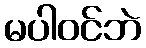
မပါဝင်ဘဲ